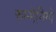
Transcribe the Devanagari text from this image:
रुम्मेनिग्गे